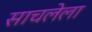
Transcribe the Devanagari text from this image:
साचलेला